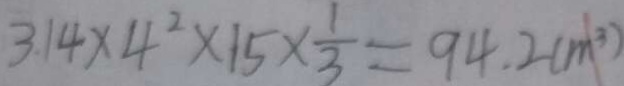
3 . 1 4 \times 4 ^ { 2 } \times 1 5 \times \frac { 1 } { 3 } = 9 4 . 2 ( m ^ { 3 } )